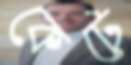
কেটে